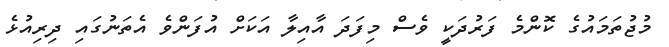
މުޖުތަމައުގެ ކޮންމެ ފަރުދަކީ ވެސް މިފަދަ އާއިލާ އަކަށް އުފަންވެ އެތަނުގައި ދިރިއުޅެ